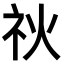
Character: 𥘙